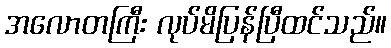
အလောတကြီး လုပ်မိပြန်ပြီထင်သည်။